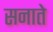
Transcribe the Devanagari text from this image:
सनाते